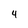
Character: 4